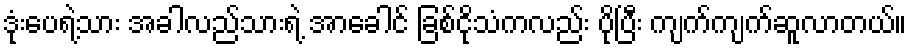
ဒုံးပေရဲ့သား အခါလည်သားရဲ့ အာခေါင် ခြစ်ငိုသံကလည်း ပိုပြီး ကျက်ကျက်ဆူလာတယ်။